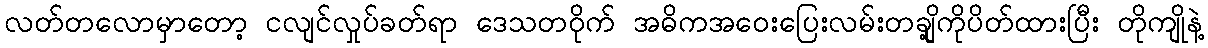
လတ်တလောမှာတော့ ငလျင်လှုပ်ခတ်ရာ ဒေသတဝိုက် အဓိကအဝေးပြေးလမ်းတချို့ကိုပိတ်ထားပြီး တိုကျိုနဲ့